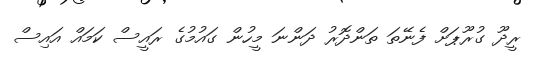
ރީދޫ ގުރޫޕަށް ފެނޭތަ ތަންދޮރު ދަންނަ މީހުން ގައުމުގެ ރައީސް ކަމައް އައިސް